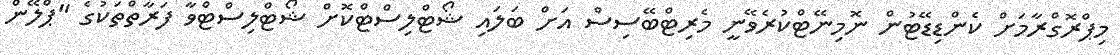
މިޕްރޮގްރާމަށް ކެންޑިޑޭޓުން ނޮމިނޭޓްކުރެވޭނީ މެރިޓްބޭސިސް އަށް ބަލައި ޝޯޓްލިސްޓްކޮށް ޝޯޓްލިސްޓްވާ ފަރާތްތަކުގެ "ޕްލޭން